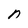
Character: n